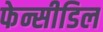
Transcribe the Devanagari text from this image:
फेन्सीडिल